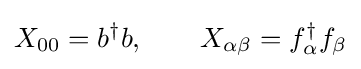
X_{00}=b^{\dagger }b,\qquad X_{\alpha \beta }=f_{\alpha }^{\dagger }f_{\beta }